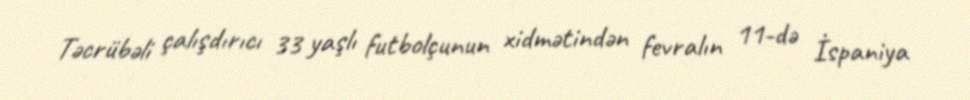
Təcrübəli çalışdırıcı 33 yaşlı futbolçunun xidmətindən fevralın 11-də İspaniya